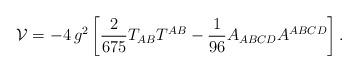
LaTeX: \begin{align*}\mathcal{V}=-4 \, g^2\left[{2\over 675}T_{AB}T^{AB}-{1\over 96}A_{ABCD}A^{ABCD}\right].\end{align*}